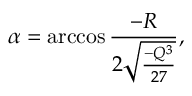
\alpha = \operatorname { a r c c o s } \frac { - R } { 2 \sqrt { \frac { - Q ^ { 3 } } { 2 7 } } } ,